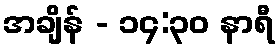
အချိန် - ၁၄:၃၀ နာရီ